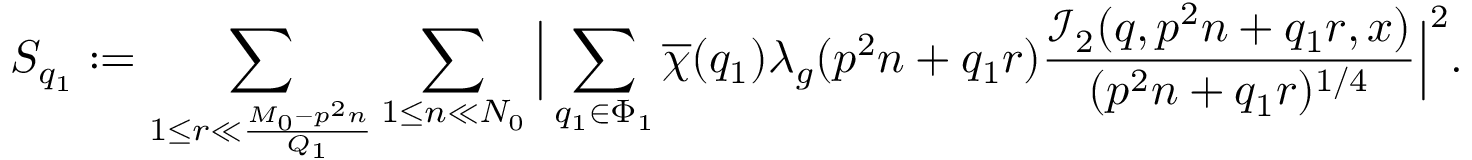
S _ { q _ { 1 } } : = \sum _ { 1 \leq r \ll \frac { M _ { 0 } - p ^ { 2 } n } { Q _ { 1 } } } \sum _ { 1 \leq n \ll N _ { 0 } } \Big | \sum _ { q _ { 1 } \in \Phi _ { 1 } } \overline { { \chi } } ( q _ { 1 } ) \lambda _ { g } ( p ^ { 2 } n + q _ { 1 } r ) \frac { \mathcal { I } _ { 2 } ( q , p ^ { 2 } n + q _ { 1 } r , x ) } { ( p ^ { 2 } n + q _ { 1 } r ) ^ { 1 / 4 } } \Big | ^ { 2 } .